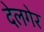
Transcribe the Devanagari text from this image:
देलगेर